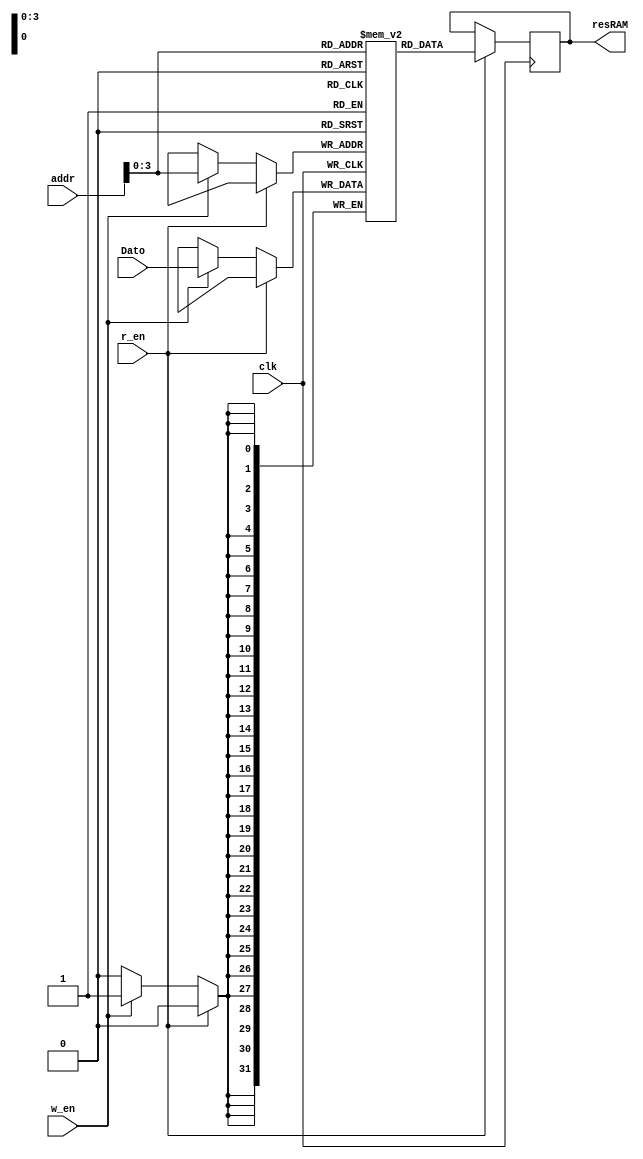
`timescale 1ns / 1ps
//////////////////////////////////////////////////////////////////////////////////
// Company: Universidad de Gualadajara
// 
// Design Name: RAM
// Module Name: RAM
// Project Name: Processor
// Target Devices: 
// Tool Versions: 
// Description: 
// 
// Dependencies: 
// 
// Revision:
// Revision 0.01 - File Created
// Additional Comments:
// 
//////////////////////////////////////////////////////////////////////////////////


module RAM(
	   input w_en,r_en,clk,
	   input [31:0] addr,Dato,
	   output reg [31:0] resRAM
    );
    
    
    reg [31:0] RAM [0:15];

	always@(negedge clk)
	begin

	   if(r_en)
	       resRAM <= RAM[addr];
	   else if (w_en)
	       RAM[addr] <= Dato;	
	end//always@
endmodule